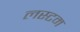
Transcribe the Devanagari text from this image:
लस्टम